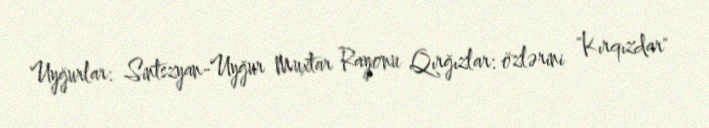
Uyğurlar: Sintszyan-Uyğur Muxtar Rayonu Qırğızlar: özlərini "Kırqızdar"